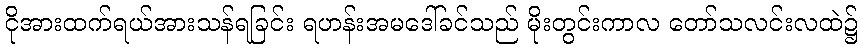
ငိုအားထက်ရယ်အားသန်ရခြင်း ရဟန်းအမဒေါ်ခင်သည် မိုးတွင်းကာလ တော်သလင်းလထဲ၌